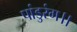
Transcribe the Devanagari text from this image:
पांडुरंग।।